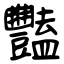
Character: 豔